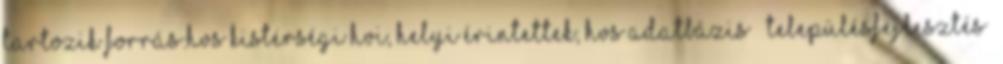
tartozik Forrás:HVS kistérségi HVI, helyi érintettek, HVS adatbázis ▪„Településfejlesztés”